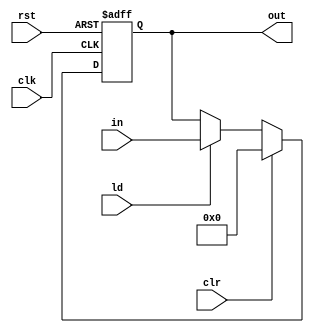
module Register #(
    parameter N = 32
)(
    input clk, rst,
    input [N-1:0] in,
    input ld, clr,
    output reg [N-1:0] out
);
    always @(posedge clk or posedge rst) begin
        if (rst)
            out <= {N{1'b0}};
        else if (clr)
            out <= {N{1'b0}};
        else if (ld)
            out <= in;
    end
endmodule

module RegisterNegEdge #(
    parameter N = 32
)(
    input clk, rst,
    input [N-1:0] in,
    input ld, clr,
    output reg [N-1:0] out
);
    always @(negedge clk or posedge rst) begin
        if (rst)
            out <= {N{1'b0}};
        else if (clr)
            out <= {N{1'b0}};
        else if (ld)
            out <= in;
    end
endmodule